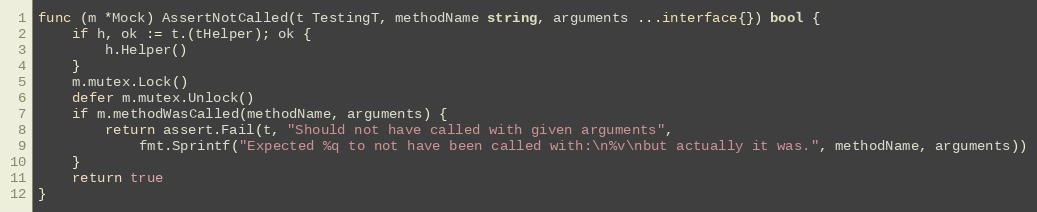
Language: Go
func (m *Mock) AssertNotCalled(t TestingT, methodName string, arguments ...interface{}) bool {
	if h, ok := t.(tHelper); ok {
		h.Helper()
	}
	m.mutex.Lock()
	defer m.mutex.Unlock()
	if m.methodWasCalled(methodName, arguments) {
		return assert.Fail(t, "Should not have called with given arguments",
			fmt.Sprintf("Expected %q to not have been called with:\n%v\nbut actually it was.", methodName, arguments))
	}
	return true
}